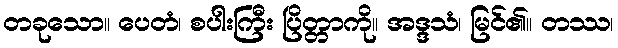
တခုသော။ ပေတံ၊ စပါးကြီး ပြိတ္တာကို။ အဒ္ဒသံ၊ မြင်၏။ တဿ၊